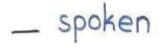
- spoken